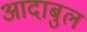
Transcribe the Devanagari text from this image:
आदाबुल